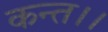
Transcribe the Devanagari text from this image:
कन्‍त।।